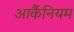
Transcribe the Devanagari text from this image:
आर्कैनियम